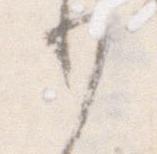
り